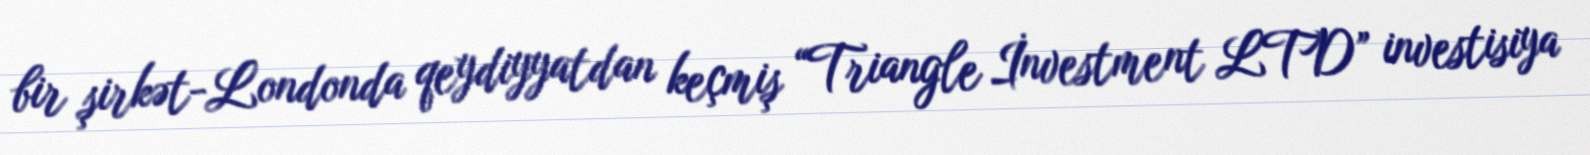
bir şirkət-Londonda qeydiyyatdan keçmiş “Triangle İnvestment LTD” investisiya